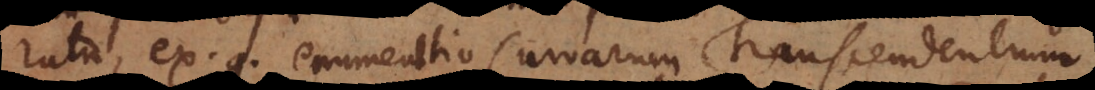
ratio, ex. g. enumeratio Curvarum Transcendentium